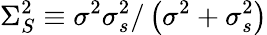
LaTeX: \Sigma_{S}^{2}\equiv\sigma^{2}\sigma_{s}^{2}/\left(\sigma^{2}+\sigma_{s}^{2}\right)